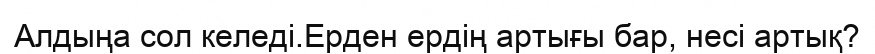
Алдыңа сол келеді.Ерден ердің артығы бар, несі артық?